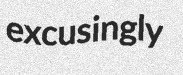
excusingly